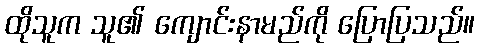
ထိုသူက သူ၏ ကျောင်းနာမည်ကို ပြောပြသည်။